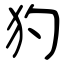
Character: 犳